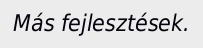
Más fejlesztések.